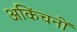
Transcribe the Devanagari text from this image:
अकिंचनों